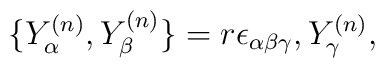
\{Y_\alpha^{(n)},Y_\beta^{(n)}\}=r\epsilon_{\alpha\beta\gamma},Y_\gamma^{(n)},